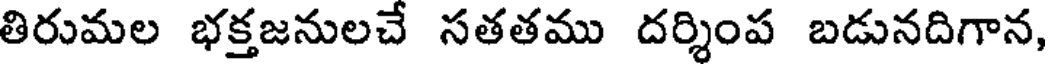
తిరుమల భక్తజనులచే సతతము దర్శింప బడునదిగాన,